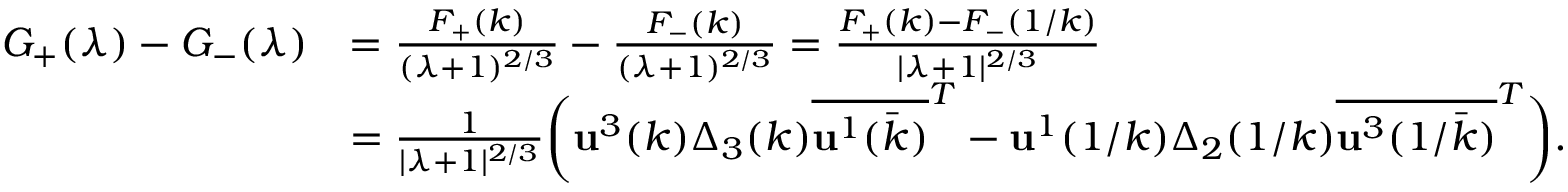
\begin{array} { r l } { G _ { + } ( \lambda ) - G _ { - } ( \lambda ) } & { = \frac { F _ { + } ( k ) } { ( \lambda + 1 ) ^ { 2 / 3 } } - \frac { F _ { - } ( k ) } { ( \lambda + 1 ) ^ { 2 / 3 } } = \frac { F _ { + } ( k ) - F _ { - } ( 1 / k ) } { | \lambda + 1 | ^ { 2 / 3 } } } \\ & { = \frac { 1 } { | \lambda + 1 | ^ { 2 / 3 } } \bigg ( \mathbf { u } ^ { 3 } ( k ) \Delta _ { 3 } ( k ) \overline { { \mathbf { u } ^ { 1 } ( \bar { k } ) } } ^ { T } - \mathbf { u } ^ { 1 } ( 1 / k ) \Delta _ { 2 } ( 1 / k ) \overline { { \mathbf { u } ^ { 3 } ( 1 / \bar { k } ) } } ^ { T } \bigg ) . } \end{array}